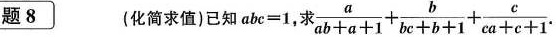
题8 (化简求值)已知$$abc=1$$，求 $$\frac{a}{ab+a+1}+ \frac{b}{bc+b+1}+ \frac{c}{ca+c+1}.$$